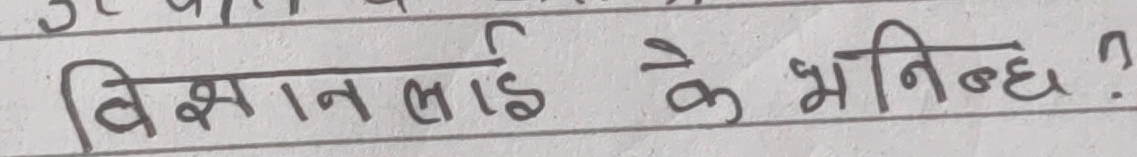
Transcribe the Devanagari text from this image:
विज्ञानलाई के भनिन्छ?